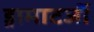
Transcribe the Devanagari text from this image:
ड्रामाटर्जी